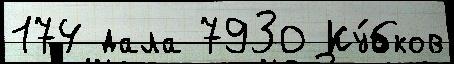
174 дала 7930 Ку́бков